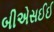
બીએસઈઈ